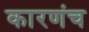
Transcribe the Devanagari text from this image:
कारणंच